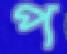
প